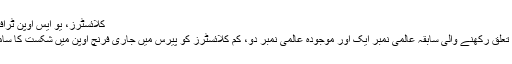
کلائسٹرز، یو ایس اوپن ٹرافی کے ساتھ
بیلجیئم سے تعلق رکھنے والی سابقہ عالمی نمبر ایک اور موجودہ عالمی نمبر دو، کم کلائسٹرز کو پیرس میں جاری فرنچ اوپن میں شکست کا سامنا کرنا پڑا۔